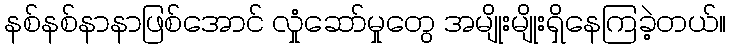
နစ်နစ်နာနာဖြစ်အောင် လှုံဆော်မှုတွေ အမျိုးမျိုးရှိနေကြခဲ့တယ်။